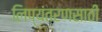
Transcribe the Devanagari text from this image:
लिप्यंतरणसाठी